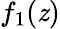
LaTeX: f_{1}(\mathit{z})